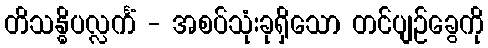
တိသန္ဓိပလ္လင်္ကံ - အစပ်သုံးခုရှိသော တင်ပျဉ်ခွေကို